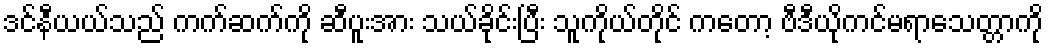
ဒင်နီယယ်သည် ကက်ဆက်ကို ဆီပူးအား သယ်ခိုင်းပြီး သူကိုယ်တိုင် ကတော့ ဗီဒီယိုကင်မရာသေတ္တာကို